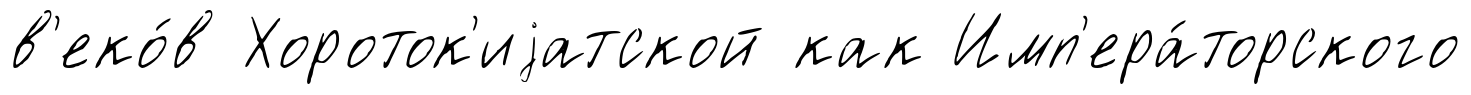
в'еко́в Хороток'иjатской как Имп'ера́торского